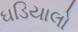
ઘડિયાલો